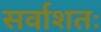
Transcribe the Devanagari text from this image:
सर्वाशतः